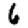
Digit: 6